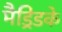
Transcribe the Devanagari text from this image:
मैड्रिडके